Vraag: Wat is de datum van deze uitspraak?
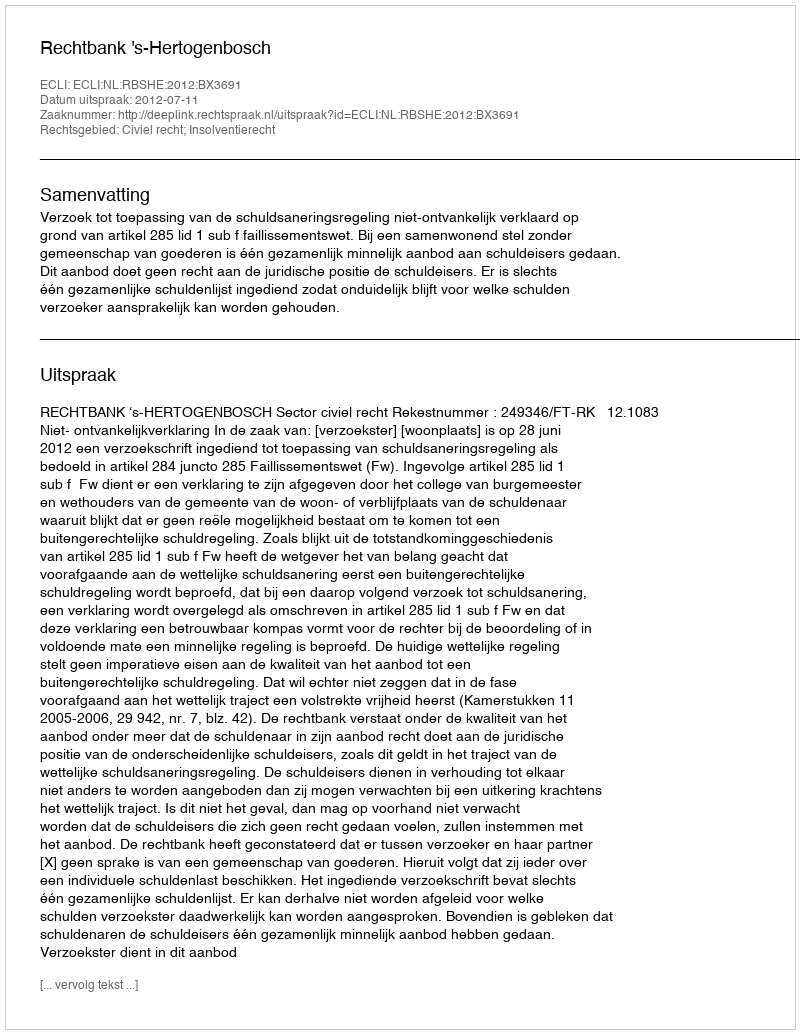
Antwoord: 2012-07-11